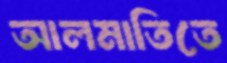
আলমাতিতে